Annual administration report of the Civil Veterinary Department of India - 1901-1902
Year: 1901
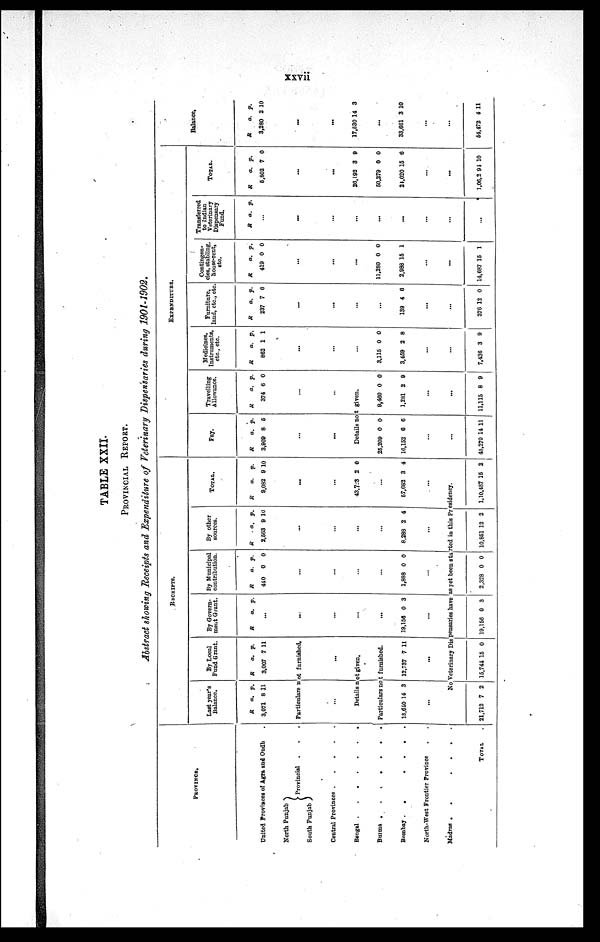
xxvii
TABLE XXII.
PROVINCIAL REPORT.
Abstract showing Receipts and Expenditure of Veterinary Dispensaries during 1901-1902.
PROVINCE.
United Provinces of Agra and Oudh .
North Punjab
South Punjab
Provincial . . . .
Central Provinces
.
.
.
.
.
Bengal
.
.
.
.
Burma .
.
.
.
. .
Bombay
.
.
.
.
.
.
.
North-West Frontier Province . . . . . .
Madras .
.
.
.
.
.
.
TOTAL .
RECEIPTS.
Last year's
Balance.
R
3,071
a.
8
p.
11
By Local
Fund Grant.
R
3,007
a.
7
p.
11
Particulars not furnished.
...
...
Details not given.
Particulars not furnished.
18,640 14 3
...
12,737 7 11
...
By Govern¬
ment Grant.
R
a. p.
...
...
...
...
...
19,156 0 3
...
By Municipal
contribution.
R
440
a.
0
p.
0
...
...
...
...
1,888 0 0
...
By other
sources.
R
2,563
a.
9
p.
10
...
...
...
...
8,288 2 4
...
TOTAL.
R
9,082
a.
9
p.
10
...
...
43,723 2 0
...
57,682 3 4
...
No Veterinary Dispensaries have as yet been started in this Presidency.
21,712 7 2 15,744 15 0 19,156 0 3
2,328 0 0 10,851 12 2 1,10,487
15
2
EXPENDITURE.
Pay.
R
3,909
a.
8
p.
5
...
...
Travelling
Allowance.
R
374
a.
6
p.
0
...
...
Details not given.
25,209
16,152
0
6
0
6
...
...
45,270 14 11
9,460
1,281
0
2
0
9
...
...
11,115 8 9
Medicines,
Instruments,
etc., etc.
R
862
a.
1
p.
1
...
...
...
3.115
3,459
0
2
0
8
...
...
7,436 3 9
Furniture,
land, etc., etc.
R
237
a.
7
p.
6
...
...
...
...
139 4 6
...
...
376 12 0
Contingen¬
cies, stabling,
house-rent,
etc.
R
419
a.
0
p.
0
...
...
...
11,280
2,988
0
15
0
1
...
...
14,687 15 1
Transferred
to Indian
Veterinary
Dispensary
Fund.
R a. p.
...
...
...
...
...
...
...
...
...
TOTAL.
R
5,802
a.
7
p.
0
...
...
26,192
50,279
24,020
3
0
15
9
0
6
...
...
1,06,2 94 10
Balance.
R
3,280
a.
2
p.
10
...
...
17,530 14 3
...
33,661 3 10
...
...
54,472 4 11